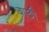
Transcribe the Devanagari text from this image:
बाछी